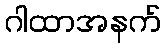
ဂါထာအနက်